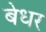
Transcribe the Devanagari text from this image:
बेधर